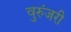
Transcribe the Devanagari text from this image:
वुरुंजरी